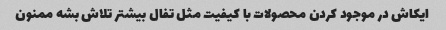
ایکاش در موجود کردن محصولات با کیفیت مثل تفال بیشتر تلاش بشه ممنون